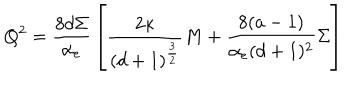
Q ^ { 2 } = { \frac { 8 d \Sigma } { \alpha _ { e } } } \left[ { \frac { 2 \kappa } { ( d + 1 ) ^ { \frac { 3 } { 2 } } } } M + { \frac { 8 ( a - 1 ) } { \alpha _ { e } ( d + 1 ) ^ { 2 } } } \Sigma \right]